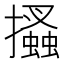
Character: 𢸪